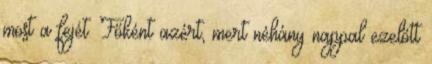
most a fejét. Főként azért, mert néhány nappal ezelőtt